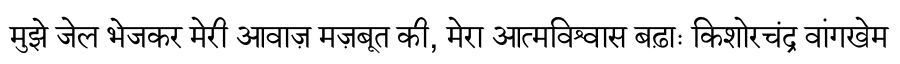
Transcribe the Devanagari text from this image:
मुझे जेल भेजकर मेरी आवाज़ मज़बूत की, मेरा आत्मविश्वास बढ़ाः किशोरचंद्र वांगखेम